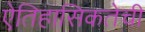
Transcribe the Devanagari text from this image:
ऐतिहासिकतेची